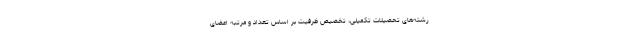
رشته‌های تحصیلات تکمیلی، تخصیص ظرفیّت بر اساس تعداد و مرتبه اعضای